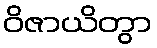
ဝိဇာယိတွာ